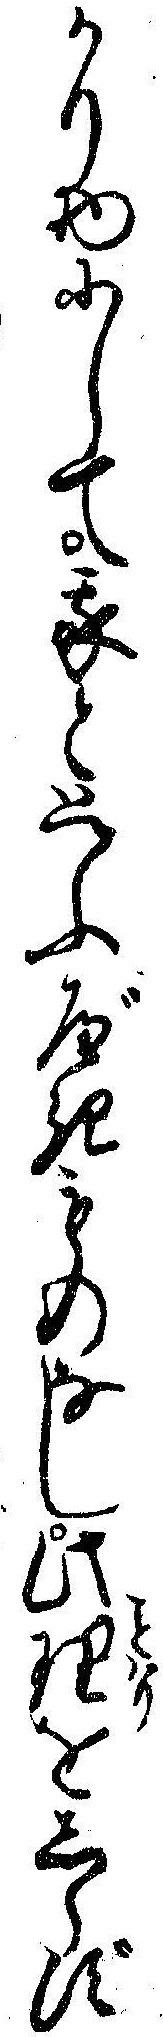
かり物にして我と思ふべきものなし此理をしらず